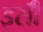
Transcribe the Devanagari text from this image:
इसॅी